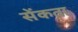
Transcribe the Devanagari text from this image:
सेंकता